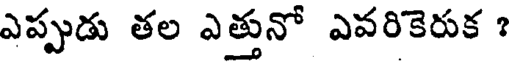
ఎప్పుడు తల ఎత్తునో ఎవరికెరుక ?